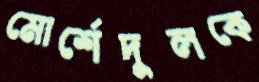
মোর্শেদুলকে